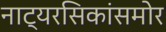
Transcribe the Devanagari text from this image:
नाट्यरसिकांसमोर